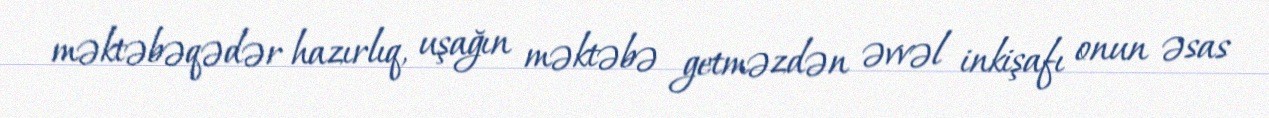
məktəbəqədər hazırlıq, uşağın məktəbə getməzdən əvvəl inkişafı onun əsas